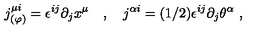
j _ { ( \varphi ) } ^ { \mu i } = \epsilon ^ { i j } \partial _ { j } x ^ { \mu } \quad , \quad j ^ { \alpha i } = ( 1 / 2 ) \epsilon ^ { i j } \partial _ { j } \theta ^ { \alpha } \ ,